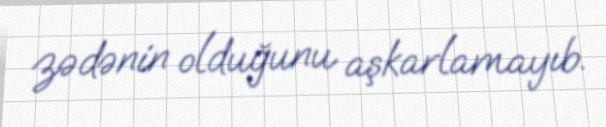
zədənin olduğunu aşkarlamayıb.